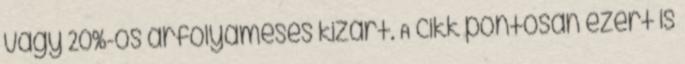
vagy 20%-os árfolyamesés kizárt. A cikk pontosan ezért is